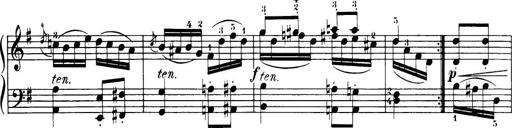
Title: 32 Sonatinas and Rondos for the Piano
Composer: Richard Kleinmichel